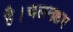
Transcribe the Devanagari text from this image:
है।चलनक्षम